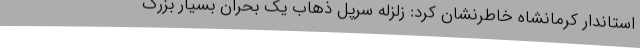
استاندار کرمانشاه خاطرنشان کرد: زلزله سرپل ذهاب یک بحران‌ بسیار بزرگ